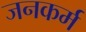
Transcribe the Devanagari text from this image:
जनकर्म